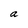
Character: a